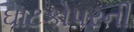
ઘાટકોપરની